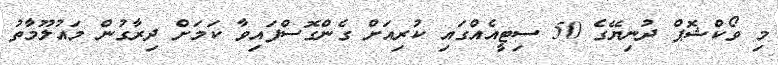
މި ވޯކްޝޮޕް ދުނިޔޭގެ 50 ސިޓީއެއްގައި ކުރިއަށް ގެންގޮސްފައިވާ ކަމަށް ދިރާގުން މައުލޫމާތު